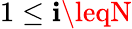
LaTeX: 1\leq\mathbf{i}\leqN